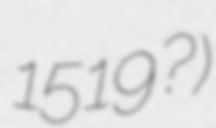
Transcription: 1519?)